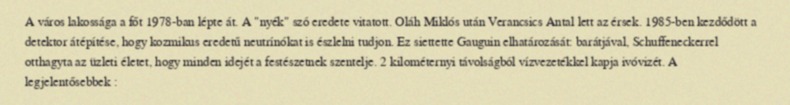
A város lakossága a főt 1978-ban lépte át. A "nyék" szó eredete vitatott. Oláh Miklós után Verancsics Antal lett az érsek. 1985-ben kezdődött a detektor átépítése, hogy kozmikus eredetű neutrínókat is észlelni tudjon. Ez siettette Gauguin elhatározását: barátjával, Schuffeneckerrel otthagyta az üzleti életet, hogy minden idejét a festészetnek szentelje. 2 kilométernyi távolságból vízvezetékkel kapja ivóvizét. A legjelentősebbek :